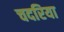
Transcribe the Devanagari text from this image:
चदरिया